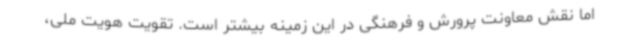
اما نقش معاونت پرورش و فرهنگی در این زمینه بیشتر است. تقویت هویت ملی،